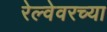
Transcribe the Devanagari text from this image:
रेल्वेवरच्या